Annual report of the Civil Veterinary Department, Bengal, for the year 1897-98 - 1897-1898
Year: 1897
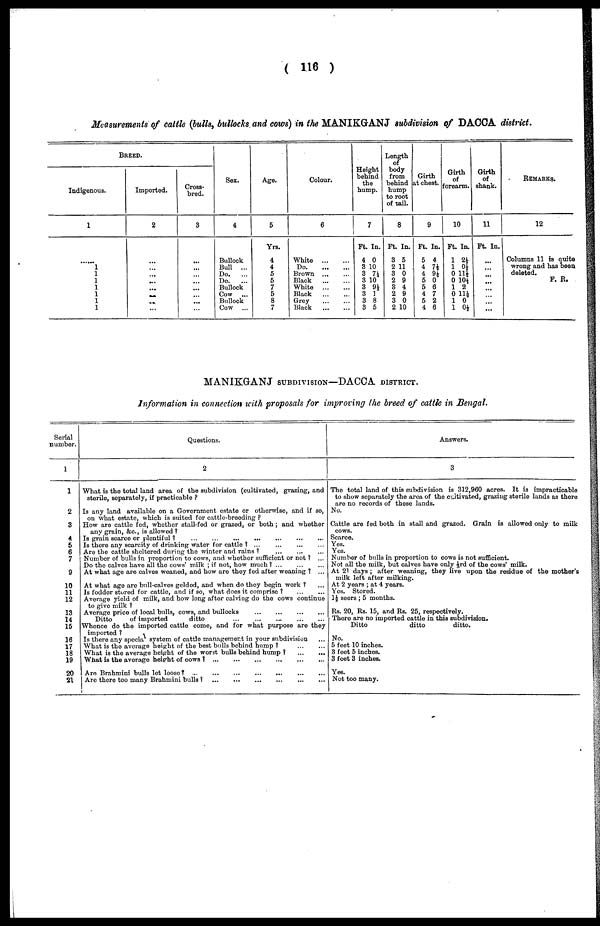
(116)
Measurements of cattle (bulls, bullocks and cows) in the MANIKGANJ subdivision of DACCA district.
BREED.
Indigenous.
1
......
1
1
1
1
1
1
1
Imported.
2
...
...
...
...
...
...
...
...
Cross-
bred.
3
...
...
...
...
...
...
...
...
Sox.
4
Bullock
Bull ...
Do.
...
Do.
...
Bullock
Cow
...
Bullock
Cow ...
Age.
5
Yrs.
4
4
5
5
7
5
8
7
Colour.
6
White
...
...
Do.
...
...
Brown ... ...
Black
...
...
White
...
...
Black
...
...
Grey ... ...
Black
...
...
Height
behind
the
hump.
7
Ft. In.
4 0
3 10
3 71
3 10
3 9½
3 1
3 8
3 5
Length
of
body
from
behind
hump
to root
of tail.
8
Ft. In.
3 5
2 11
3 0
2 9
8 4
2 9
3 0
2 10
Girth
at chest.
9
Ft. In.
5 4
4 7½
4 9½
5 0
5 6
4 7
5 2
4 6
Girth
of
forearm.
10
Ft. In.
1 2½
1 0½
0 11½
0 10½
1 2
0 11½
1 0
1 0½
Girth
of
shank.
11
Ft In.
...
...
...
...
...
...
...
...
REMARKS.
12
Columns 11 is quite
wrong and has been
deleted.
F. R.
MANIKGANJ SUBDIVISION—DACCA DISTRICT.
Information in connection with proposals for improving (he breed of cattle in Bengal.
Serial
number.
1
1
2
3
4
5
6
7
9
10
11
12
13
14
15
16
17
18
19
20
21
Questions.
2
What is the total land area of the subdivision (cultivated, grazing, and
storile, separatoly, if practicable?
Is any land available on a Government estate or otherwise, and if so,
on what estate, which is suited for cattle-breeding?
How are cattle fed, whether stall-fed or grazed, or both; and whether
any grain, &c., is allowed?
Is grain scarce or plentiful? ... ... ... ... ... ... ...
Is there any scarcity of drinking water for cattle? ... ... ... ...
Are the cattle sheltered during the winter and rains?
...
...
...
Number of bulls in proportion to cows, and whether sufficient or not? ...
Do the calves have all the cows' milk; if not, how much? ... ... ...
At what age are calves weaned, and how are they fed after weaning? ...
At what age are bull-calves golded, and when do they begin work? ...
Is foddor stored for cattle, and if so, what does it comprise? ... ...
Average yield of milk, and how long after calving do the cows continue
to give milk?
Average price of local bulls, cows, and bullocks ... ... ... ...
Ditto
of imported
ditto ... ... ... ... ...
Whence do the imported cattle come, and for what purpose are they
imported?
Is there any specia system of cattle management in your subdivision ...
What is the average height of the best bulls behind hump? ... ...
What is the average height of the worst bulls behind hump?
...
...
What is the average height of cows?
...
...
...
...
...
...
Are Brahmini bulls lot loose? ... ... ... ... ... ...
Are there too many Brahmini bulls?
...
...
...
...
...
...
Answers.
3
The total land of this subdivision is 312,960 acres. It is impracticable
to show separately the area of the cultivated, grazing sterile lands as there
are no records of those lands.
No.
Cattle are fed both in stall and grazed. Grain is allowed only to milk
cows.
Scarce,
Yes.
Yes.
Number of bulls in proportion to cows is not sufficient.
Not all the milk, but calves have only 1/3rd of the cows' milk.
At 21 days; after weaning, they live upon the residue of the mother's
milk left after milking.
At 2 years; at 4 years.
Yes. Stored.
1½ seers; 5 months.
Rs. 20, Rs. 15, and Rs. 25, respectively.
There are no imported cattle in this subdivision.
Ditto
ditto
ditto.
No.
5 feet 10 inches.
3 feet 5 inches.
3 foot 3 inches.
Yes.
Not too many.